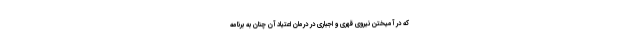
که در آمیختن نیروی قهری و اجباری در درمان اعتیاد آن چنان به برنامه